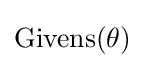
{\text{Givens}}(\theta )